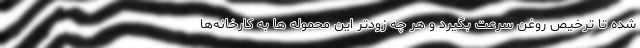
شده تا ترخیص روغن سرعت بگیرد و هر چه زودتر این محموله ها به کارخانه‌ها